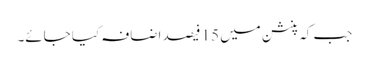
جب کہ پنشن میں 15 فیصد اضافہ کیا جائے۔